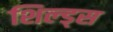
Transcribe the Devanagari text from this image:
शिल्ड्स